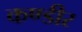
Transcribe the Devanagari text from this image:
कण्डीर